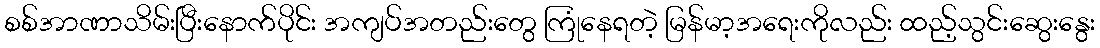
စစ်အာဏာသိမ်းပြီးနောက်ပိုင်း အကျပ်အတည်းတွေ ကြုံနေရတဲ့ မြန်မာ့အရေးကိုလည်း ထည့်သွင်းဆွေးနွေး